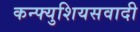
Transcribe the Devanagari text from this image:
कन्फ्युशियसवादी